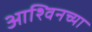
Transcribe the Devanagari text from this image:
आश्विनच्या